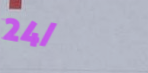
24/7